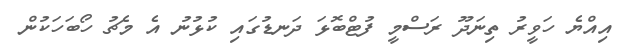
އިއްޔެ ހަވީރު ތިނަދޫ ރަސްމީ ފުޓްބޮޅަ ދަނޑުގައި ކުޅުނު އެ މެޗު ހޯބަހަކުން